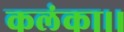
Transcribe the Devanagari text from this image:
कलंका।।